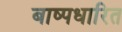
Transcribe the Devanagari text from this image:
बाष्पधारित